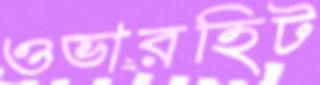
ওভারহিট